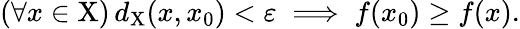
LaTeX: (\forall x\in\mathrm{X})\, d_{\mathrm{X}}(x,x_{0})<\varepsilon\implies f(x_{0})\geq f(x).